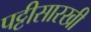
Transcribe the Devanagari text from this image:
पट्टीसारखी